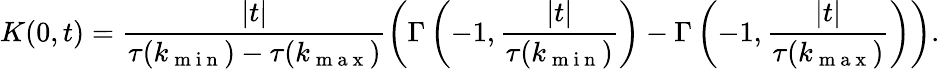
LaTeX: K(0,t)=\frac{|t|}{\tau(k_{\mathrm{~m~i~n~}})-\tau(k_{\mathrm{~m~a~x~}})}\left(\Gamma\left(-1,\frac{|t|}{\tau(k_{\mathrm{~m~i~n~}})}\right)-\Gamma\left(-1,\frac{|t|}{\tau(k_{\mathrm{~m~a~x~}})}\right)\right).